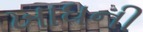
ખાધની